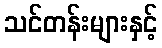
သင်တန်းများနှင့်